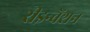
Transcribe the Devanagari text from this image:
रीइन्वेंशन